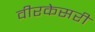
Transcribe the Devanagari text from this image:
वीरकेसरी